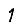
Digit: 1